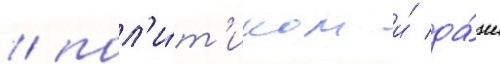
/ пол'и́т'иком и́ да́же